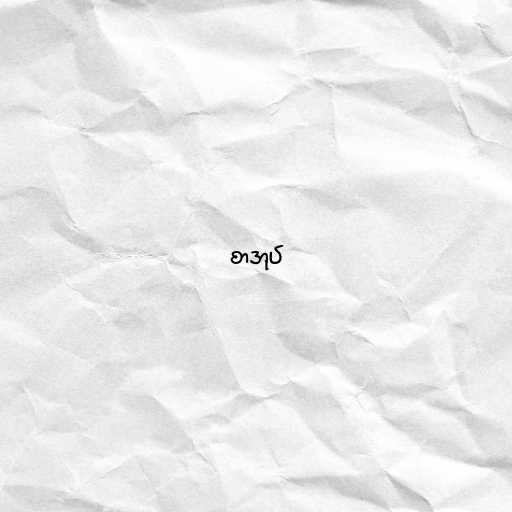
စာအုပ်